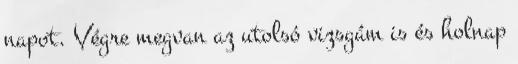
napot. Végre megvan az utolsó vizsgám is és holnap